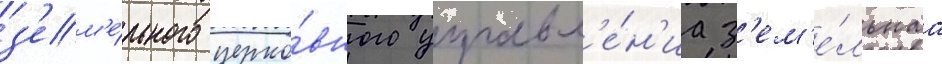
з'ем'е́льного церко́вного управл'е́н'иа з'ем'е́льнаа